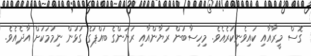
ގޮސް މީރާއާއި ކައިވެނިކުރެއެވެ. މިހިސާބުން ރަޔާންއާއި ރަޔަންގެ ބައްޕަގެ ގުޅުން ނިމުމަކަށް އާދެއެވެ.